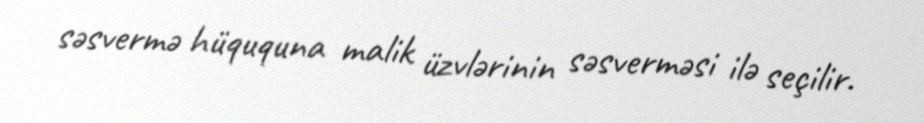
səsvermə hüququna malik üzvlərinin səsverməsi ilə seçilir.